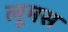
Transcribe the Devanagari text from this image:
लूमस